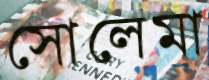
সোলেমা